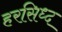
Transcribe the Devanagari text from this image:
हरसिध्द